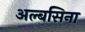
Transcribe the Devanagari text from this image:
अल्बसिना